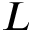
L